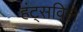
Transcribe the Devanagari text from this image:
हंट्सविले